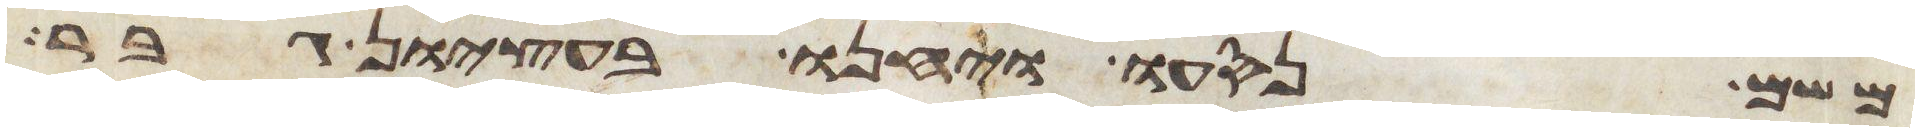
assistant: משם נסעו ויחנו בעציון גבר